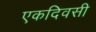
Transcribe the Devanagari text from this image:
एकदिवसी